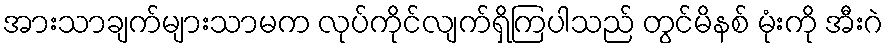
အားသာချက်များသာမက လုပ်ကိုင်လျက်ရှိကြပါသည် တွင်မိနစ် မုံးကို အီးဂဲ